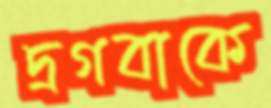
দ্রগবাকে